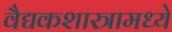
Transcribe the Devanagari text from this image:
वैद्यकशास्त्रामध्ये